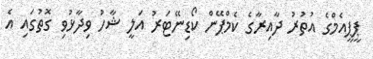
ޕީޕީއެމްގެ އުތުރު ދާއިރާގެ ކެމްޕޭން ކޯޑިނޭޓަރު އަލީ ޝާހު ވިދާޅުވި ގޮތުގައި އެ